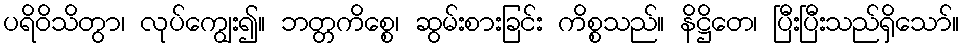
ပရိဝိသိတွာ၊ လုပ်ကျွေး၍။ ဘတ္တကိစ္စေ၊ ဆွမ်းစားခြင်း ကိစ္စသည်။ နိဋ္ဌိတေ၊ ပြီးပြီးသည်ရှိသော်။